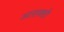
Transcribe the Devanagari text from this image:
आसक्‍ती